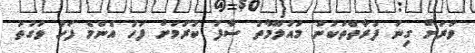
ވަރަށް ގިނަ ފަރާތްތަކުން މައުލޫމާތު ސާފު ކުރުމަށް ފަހު އެންމެ ފަހު ވަގުތު